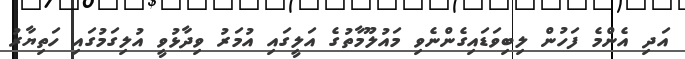
އަދި އެންމެ ފަހުން ލިބިވަޑައިގެންނެވި މައުލޫމާތުގެ އަލީގައި އުމަރު ވިދާޅުވީ އުލިގަމުގައި ހަތިޔާރު